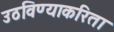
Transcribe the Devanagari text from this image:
उठविण्याकरिता